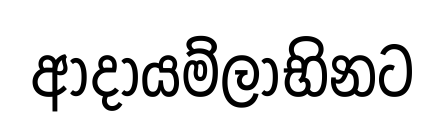
ආදායම්ලාභිනට